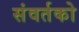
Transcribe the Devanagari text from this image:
संवर्तको